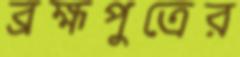
ব্রহ্মপুত্রের